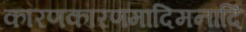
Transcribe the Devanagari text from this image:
कारणकारणमादिमनादिं